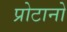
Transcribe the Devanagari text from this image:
प्रोटानो